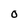
Character: O